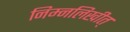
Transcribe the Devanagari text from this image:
निम्नलिखीत्